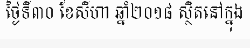
ថ្ងៃទី៣០ ខែសីហា ឆ្នាំ២០១៨ ស្ថិតនៅក្នុង